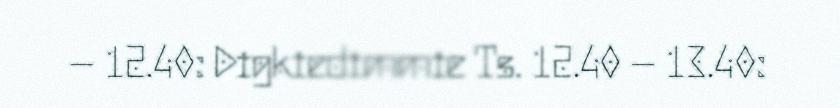
– 12.40: Digkiedimmie Ts. 12.40 – 13.40: